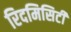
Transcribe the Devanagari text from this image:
रिदमिसिटी